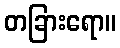
တခြားရော။